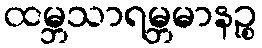
ထမ္ဘသာရမ္ဘမာနဉ္စ